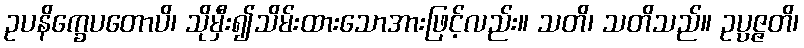
ဥပနိက္ခေပတောပိ၊ သိုမှီး၍သိမ်းထားသောအားဖြင့်လည်း။ သတိ၊ သတိသည်။ ဥပ္ပဇ္ဇတိ၊